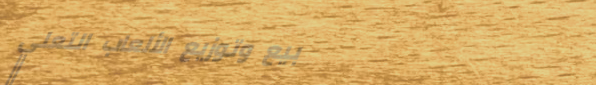
بيع وتوزيع الألعاب التعلي